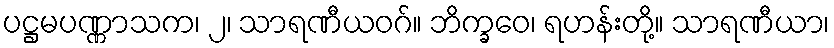
ပဋ္ဌမပဏ္ဏာသက၊ ၂၊ သာရဏီယဝဂ်။ ဘိက္ခဝေ၊ ရဟန်းတို့။ သာရဏီယာ၊